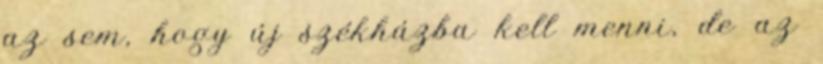
az sem, hogy új székházba kell menni, de az